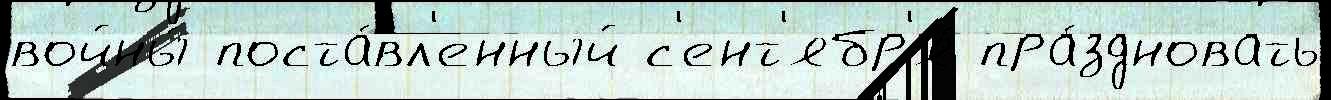
войны́ поста́вл'енный с'ент'ябр'я́ пра́здновать